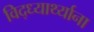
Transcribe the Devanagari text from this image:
विद्ध्यार्थ्याना